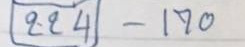
244 - 170